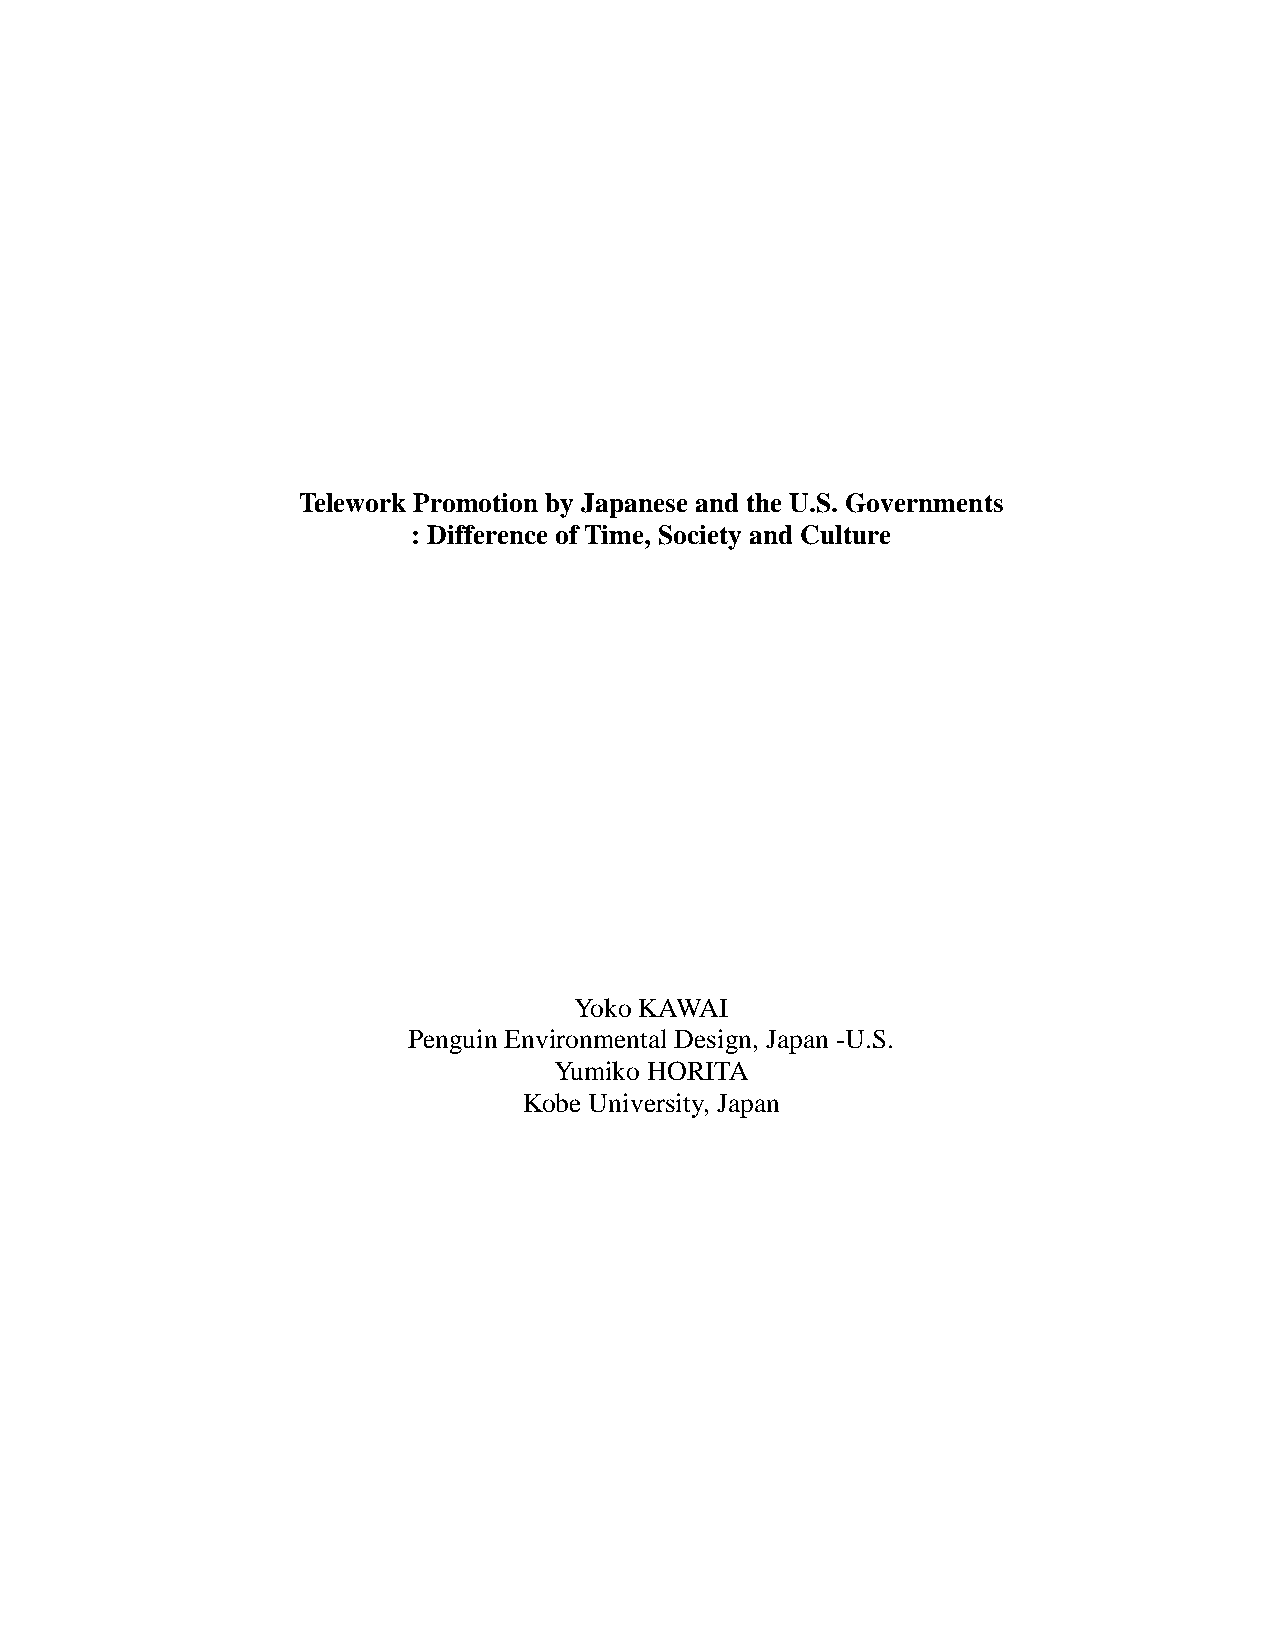
Telework Promotion by Japanese and the U.S. Governments
 : Difference of Time, Society and Culture
 Yoko KAWAI
 Penguin Environmental Design, Japan -U.S.
 Yumiko HORITA
 Kobe University, Japan